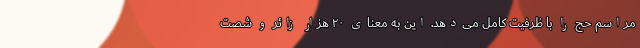
مراسم حج را با ظرفیت کامل می‌دهد. این به معنای ۲۰ هزار زائر و شصت